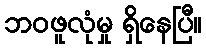
ဘဝဖူလုံမှု ရှိနေပြီ။